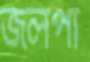
জলপা